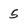
Character: 5